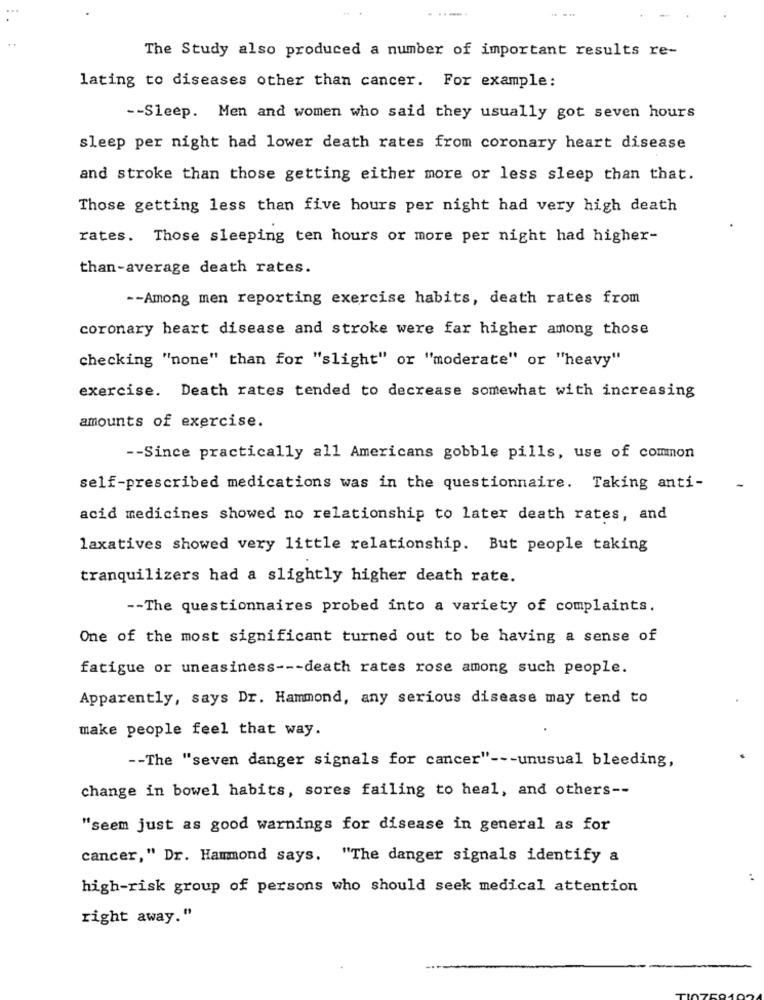
...
- --
The Study also produced a number of important results re-
lating to diseases other than cancer. For example:
-- Sleep. Men and women who said they usually got seven hours
sleep per night had lower death rates from coronary heart disease
and stroke than those getting either more or less sleep than that.
Those getting less than five hours per night had very high death
rates. Those sleeping ten hours or more per night had higher-
than-average death rates.
-- Among men reporting exercise habits, death rates from
coronary heart disease and stroke were far higher among those
checking "none" than for "slight" or "moderate" or "heavy"
exercise. Death rates tended to decrease somewhat with increasing
amounts of exercise.
-- Since practically all Americans gobble pills, use of common
self-prescribed medications was in the questionnaire. Taking anti-
acid medicines showed no relationship to later death rates, and
laxatives showed very little relationship. But people taking
tranquilizers had a slightly higher death rate.
-- The questionnaires probed into a variety of complaints.
One of the most significant turned out to be having a sense of
fatigue or uneasiness --- death rates rose among such people.
Apparently, says Dr. Hammond, any serious disease may tend to
make people feel that way.
-- The "seven danger signals for cancer" --- unusual bleeding,
change in bowel habits, sores failing to heal, and others --
"seem just as good warnings for disease in general as for
cancer," Dr. Hammond says. "The danger signals identify a
high-risk group of persons who should seek medical attention
right away."